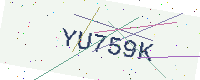
Text: YU759K